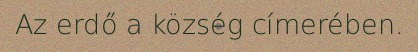
Az erdő a község címerében.